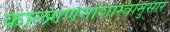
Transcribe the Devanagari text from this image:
कालगणनाशास्त्रानुसार